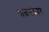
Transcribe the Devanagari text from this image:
गाळसंचयन